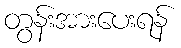
တွန်းအားပေးရန်